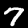
Digit: 7